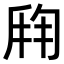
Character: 𬼍